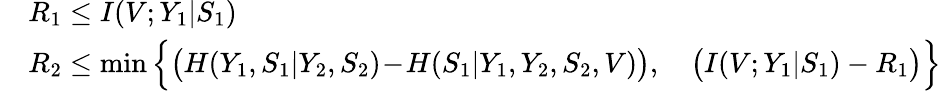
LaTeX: \begin{array}{rl}&{R_{1}\leq I(V;Y_{1}|S_{1})}\\ &{R_{2}\leq\operatorname*{min}\Big\{ \big(H(Y_{1},S_{1}|Y_{2},S_{2})\! -\! H(S_{1}|Y_{1},Y_{2},S_{2},V)\big),\quad\big(I(V;Y_{1}|S_{1})-R_{1}\big)\Big\} }\end{array}